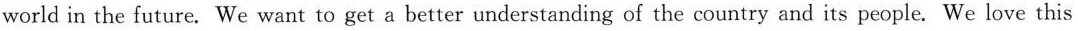
world in the future. We want to get a better understanding of the country and its people. We love this